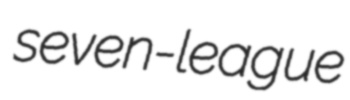
seven-league